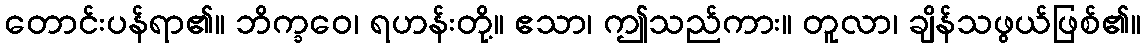
တောင်းပန်ရာ၏။ ဘိက္ခဝေ၊ ရဟန်းတို့။ ဧသာ၊ ဤသည်ကား။ တူလာ၊ ချိန်သဖွယ်ဖြစ်၏။